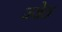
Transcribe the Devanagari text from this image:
ज्येठ